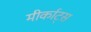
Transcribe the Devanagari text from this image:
मीर्काट्स